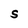
Character: S